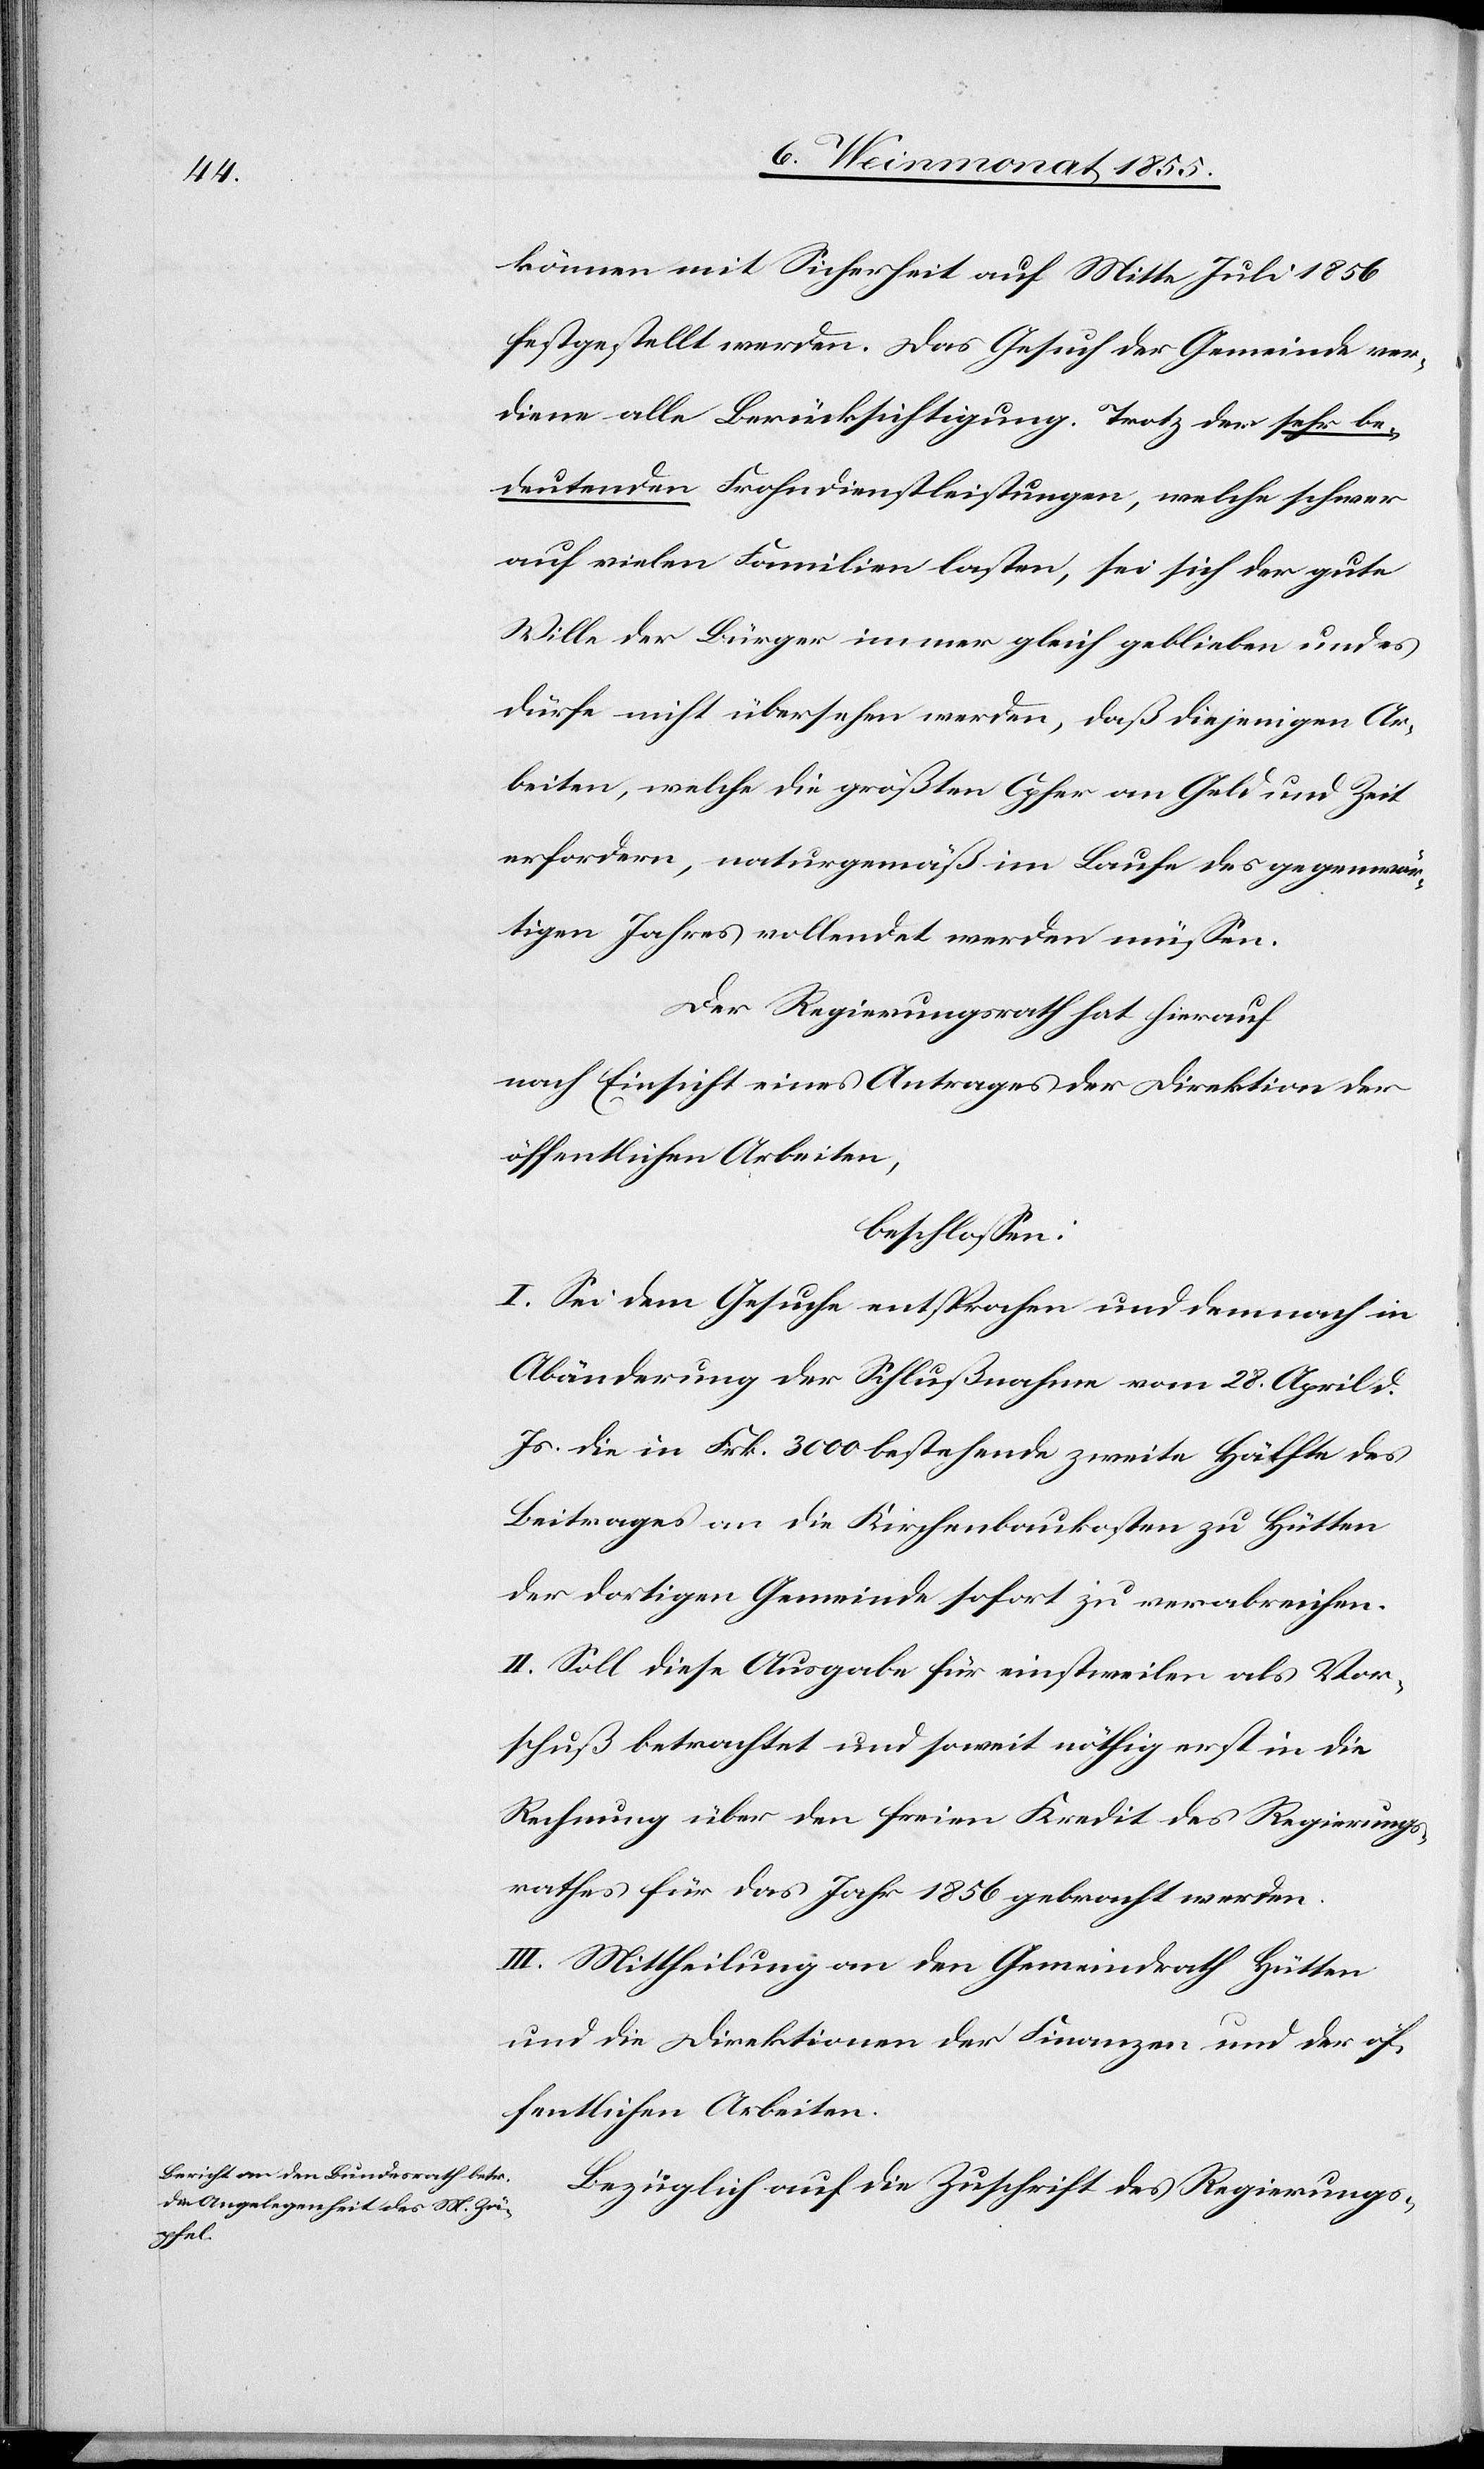
können mit Sicherheit auf Mitte Juli 1856
festgestellt werden. Das Gesuch der Gemeinde ver¬
diene alle Berücksichtigung. Trotz der sehr be¬
deutenden Frohndienstleistungen, welche schwer
auf vielen Familien lasten, sei sich der gute
Wille der Bürger immer gleich geblieben und es
dürfe nicht übersehen werden, daß diejenigen Ar¬
beiten, welche die größten Opfer an Geld und Zeit
erfordern, naturgemäß im Laufe des gegenwär¬
tigen Jahres vollendet werden müssen.
Der Regierungsrath hat hierauf
nach Einsicht eines Antrages der Direktion der
öffentlichen Arbeiten,
beschlossen:
I. Sei dem Gesuche entsprochen und demnach in
Abänderung der Schlußnahme vom 28. April d.
Js. die in Frk. 3000 bestehende zweite Hälfte des
Beitrages an die Kirchenbaukosten zu Hütten
der dortigen Gemeinde sofort zu verabreichen.
II. Soll diese Ausgabe für einstweilen als Vor¬
schuß betrachtet und soweit nöthig erst in die
Rechnung über den freien Kredit des Regierungs¬
rathes für das Jahr 1856 gebracht werden.
III. Mittheilung an den Gemeindrath Hütten
und die Direktionen der Finanzen und der öf¬
fentlichen Arbeiten.
Bezüglich auf die Zuschrift des Regierungs-